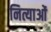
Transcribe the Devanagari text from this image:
नित्याओं